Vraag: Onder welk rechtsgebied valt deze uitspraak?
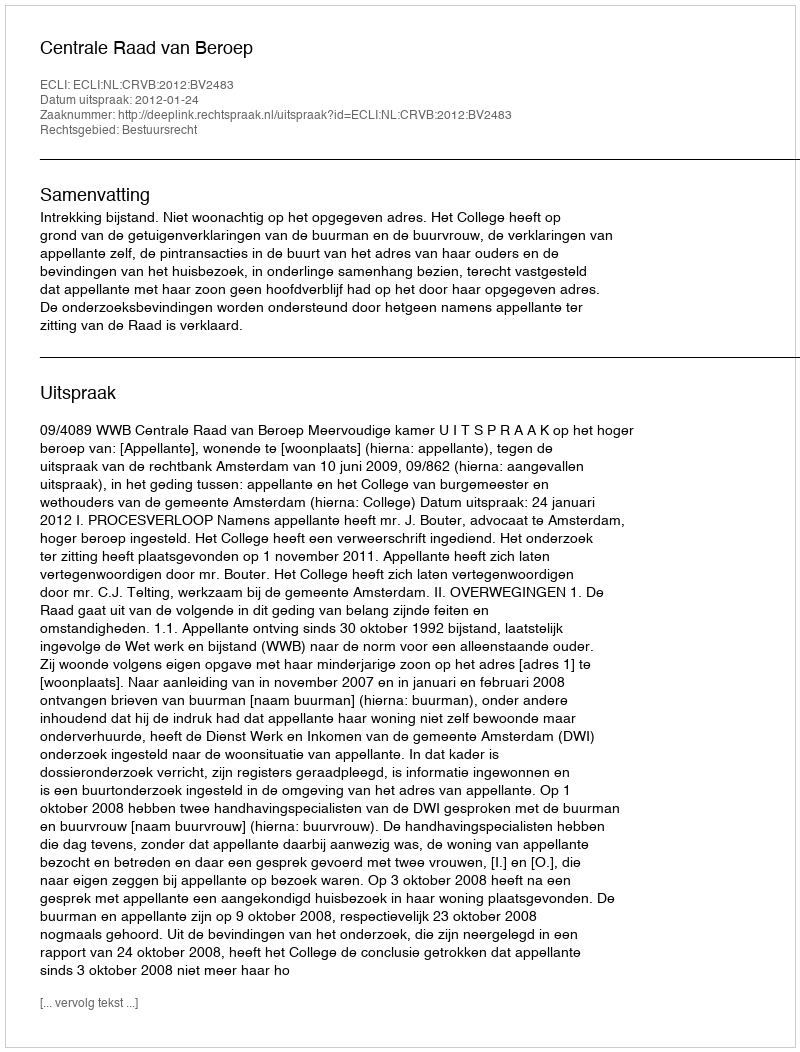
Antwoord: Bestuursrecht